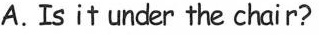
A. Is it under the chair?